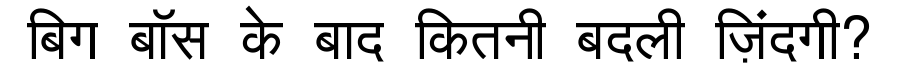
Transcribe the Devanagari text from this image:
बिग बॉस के बाद कितनी बदली ज़िंदगी?